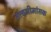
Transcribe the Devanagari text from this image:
तत्त्वमीमांसक